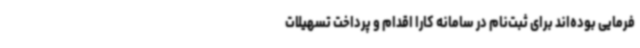
فرمایی بوده‌اند برای ثبت‌نام در سامانه کارا اقدام و پرداخت تسهیلات